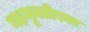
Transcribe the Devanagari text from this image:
गढ़मुक्तीश्वर